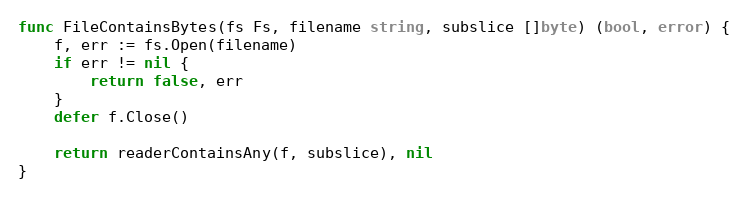
Language: Go
func FileContainsBytes(fs Fs, filename string, subslice []byte) (bool, error) {
	f, err := fs.Open(filename)
	if err != nil {
		return false, err
	}
	defer f.Close()

	return readerContainsAny(f, subslice), nil
}